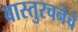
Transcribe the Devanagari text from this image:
वास्तुरचनेचे